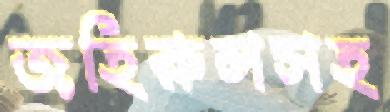
জহিরুলসহ